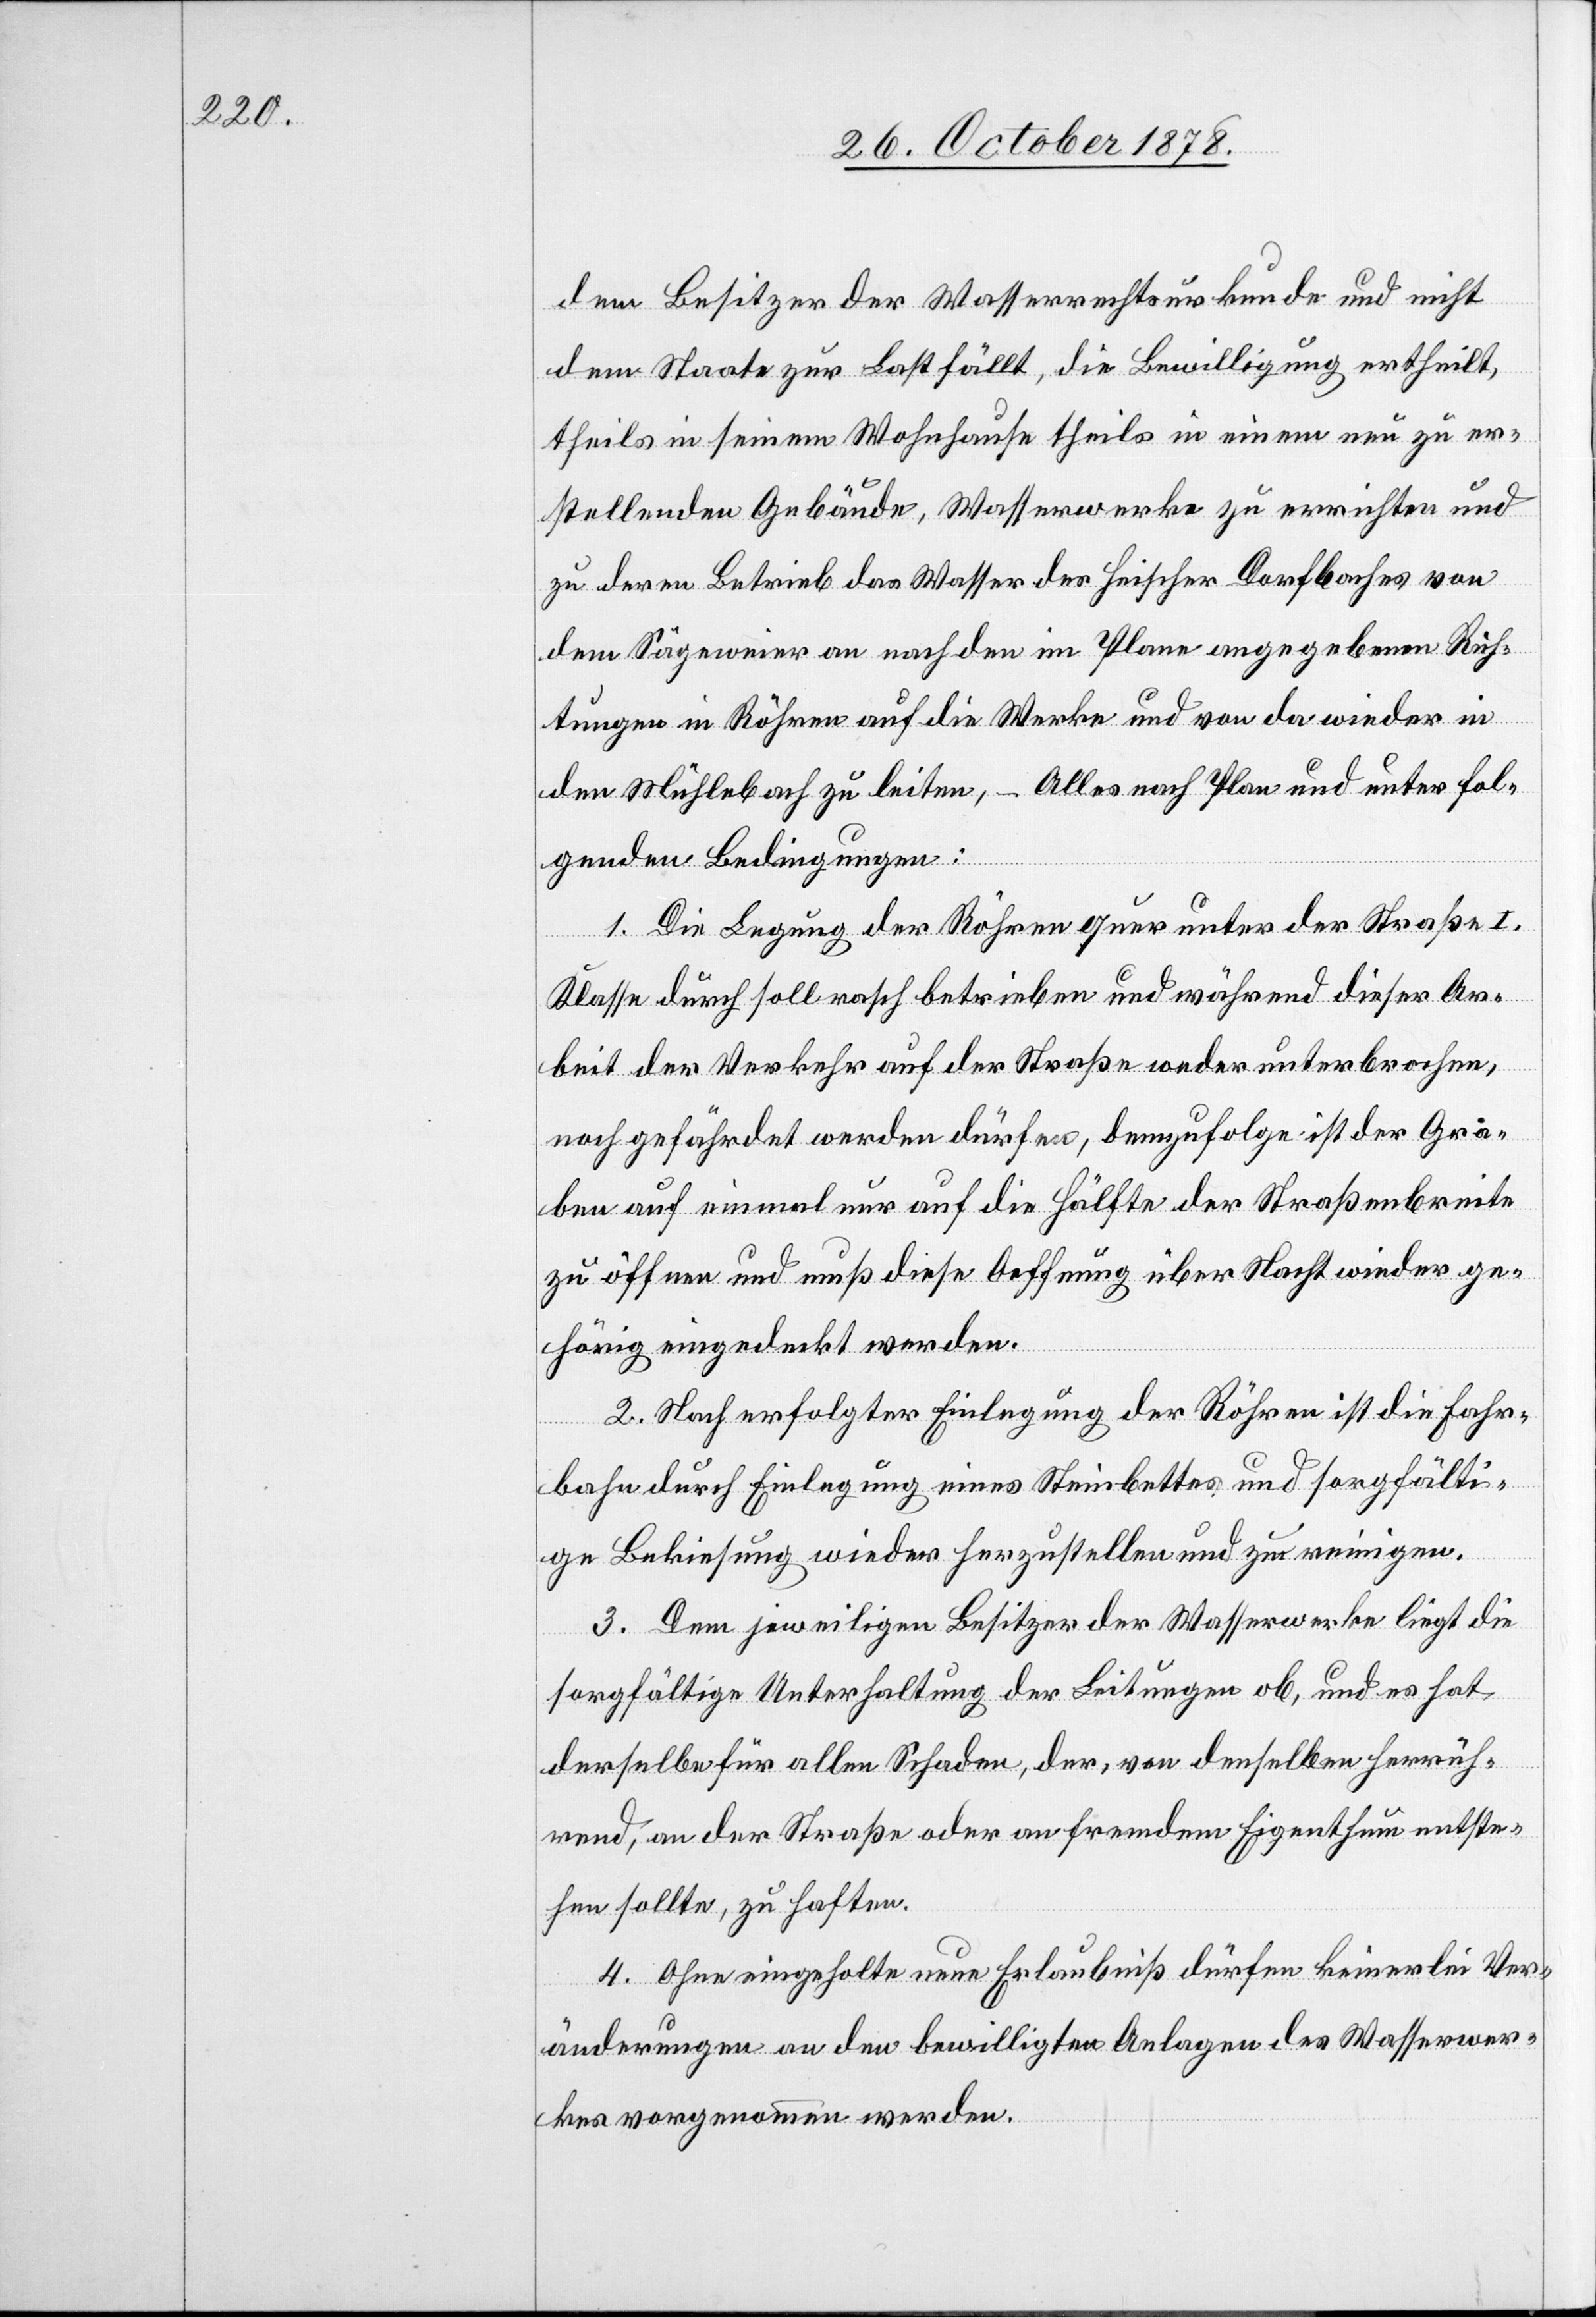
dem Besitzer der Wasserrechtsurkunde und nicht
dem Staate zur Last fällt, die Bewilligung ertheilt,
theils in seinem Wohnhause theils in einem neu zu er¬
stellenden Gebäude, Wasserwerke zu errichten und
zu deren Betrieb das Wasser des Heischer Dorfbaches von
dem Sägeweier an nach den im Plane angegebenen Rich¬
tungen in Röhren auf die Werke und von da wieder in
den Mühlebach zu leiten, – Alles nach Plan und unter fol¬
genden Bedingungen:
1. Die Legung der Röhren quer unter der Straße I.
Klasse durch soll rasch betrieben und während dieser Ar¬
beit der Verkehr auf der Straße weder unterbrochen,
noch gefährdet werden dürfen, demzufolge ist der Gra¬
ben auf einmal nur auf die Hälfte der Straßenbreite
zu öffnen und muß diese Oeffnung über Nacht wieder ge¬
hörig eingedeckt werden.
2. Nach erfolgter Einlegung der Röhren ist die Fahr¬
bahn durch Einlegung eines Steinbettes und sorgfälti¬
ger Bekiesung wieder herzustellen und zu reinigen.
3. Dem jeweiligen Besitzer der Wasserwerke liegt die
sorgfältige Unterhaltung der Leitungen ob, und es hat
derselbe für allen Schaden, der, von denselben herrüh¬
rend, an der Straße oder an fremdem Eigenthum entste¬
hen sollte, zu haften.
4. Ohne eingeholte Erlaubniß dürfen keinerlei Ver¬
änderungen an den bewilligten Anlagen des Wasserwer¬
kes vorgenommen werden.